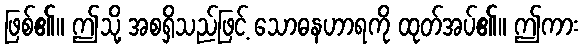
ဖြစ်၏။ ဤသို့ အစရှိသည်ဖြင့် သောဓနဟာရကို ထုတ်အပ်၏။ ဤကား